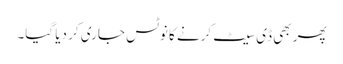
پھر بھی ڈی سیٹ کرنے کا نوٹس جاری کر دیا گیا۔